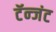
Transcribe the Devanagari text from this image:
टॅन्जंट